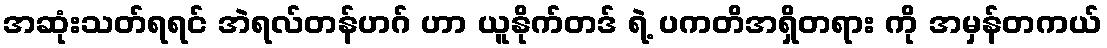
အဆုံးသတ်ရရင် အဲရလ်တန်ဟဂ် ဟာ ယူနိုက်တဒ် ရဲ့ ပကတိအရှိတရား ကို အမှန်တကယ်